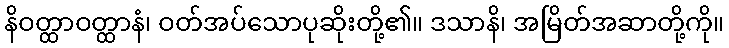
နိဝတ္ထာဝတ္ထာနံ၊ ဝတ်အပ်သောပုဆိုးတို့၏။ ဒသာနိ၊ အမြိတ်အဆာတို့ကို။